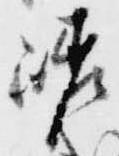
嵯